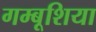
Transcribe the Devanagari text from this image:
गम्बूशिया